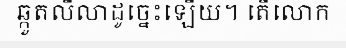
ឆ្កួតលីលាដូច្នេះឡើយ។ តើលោក